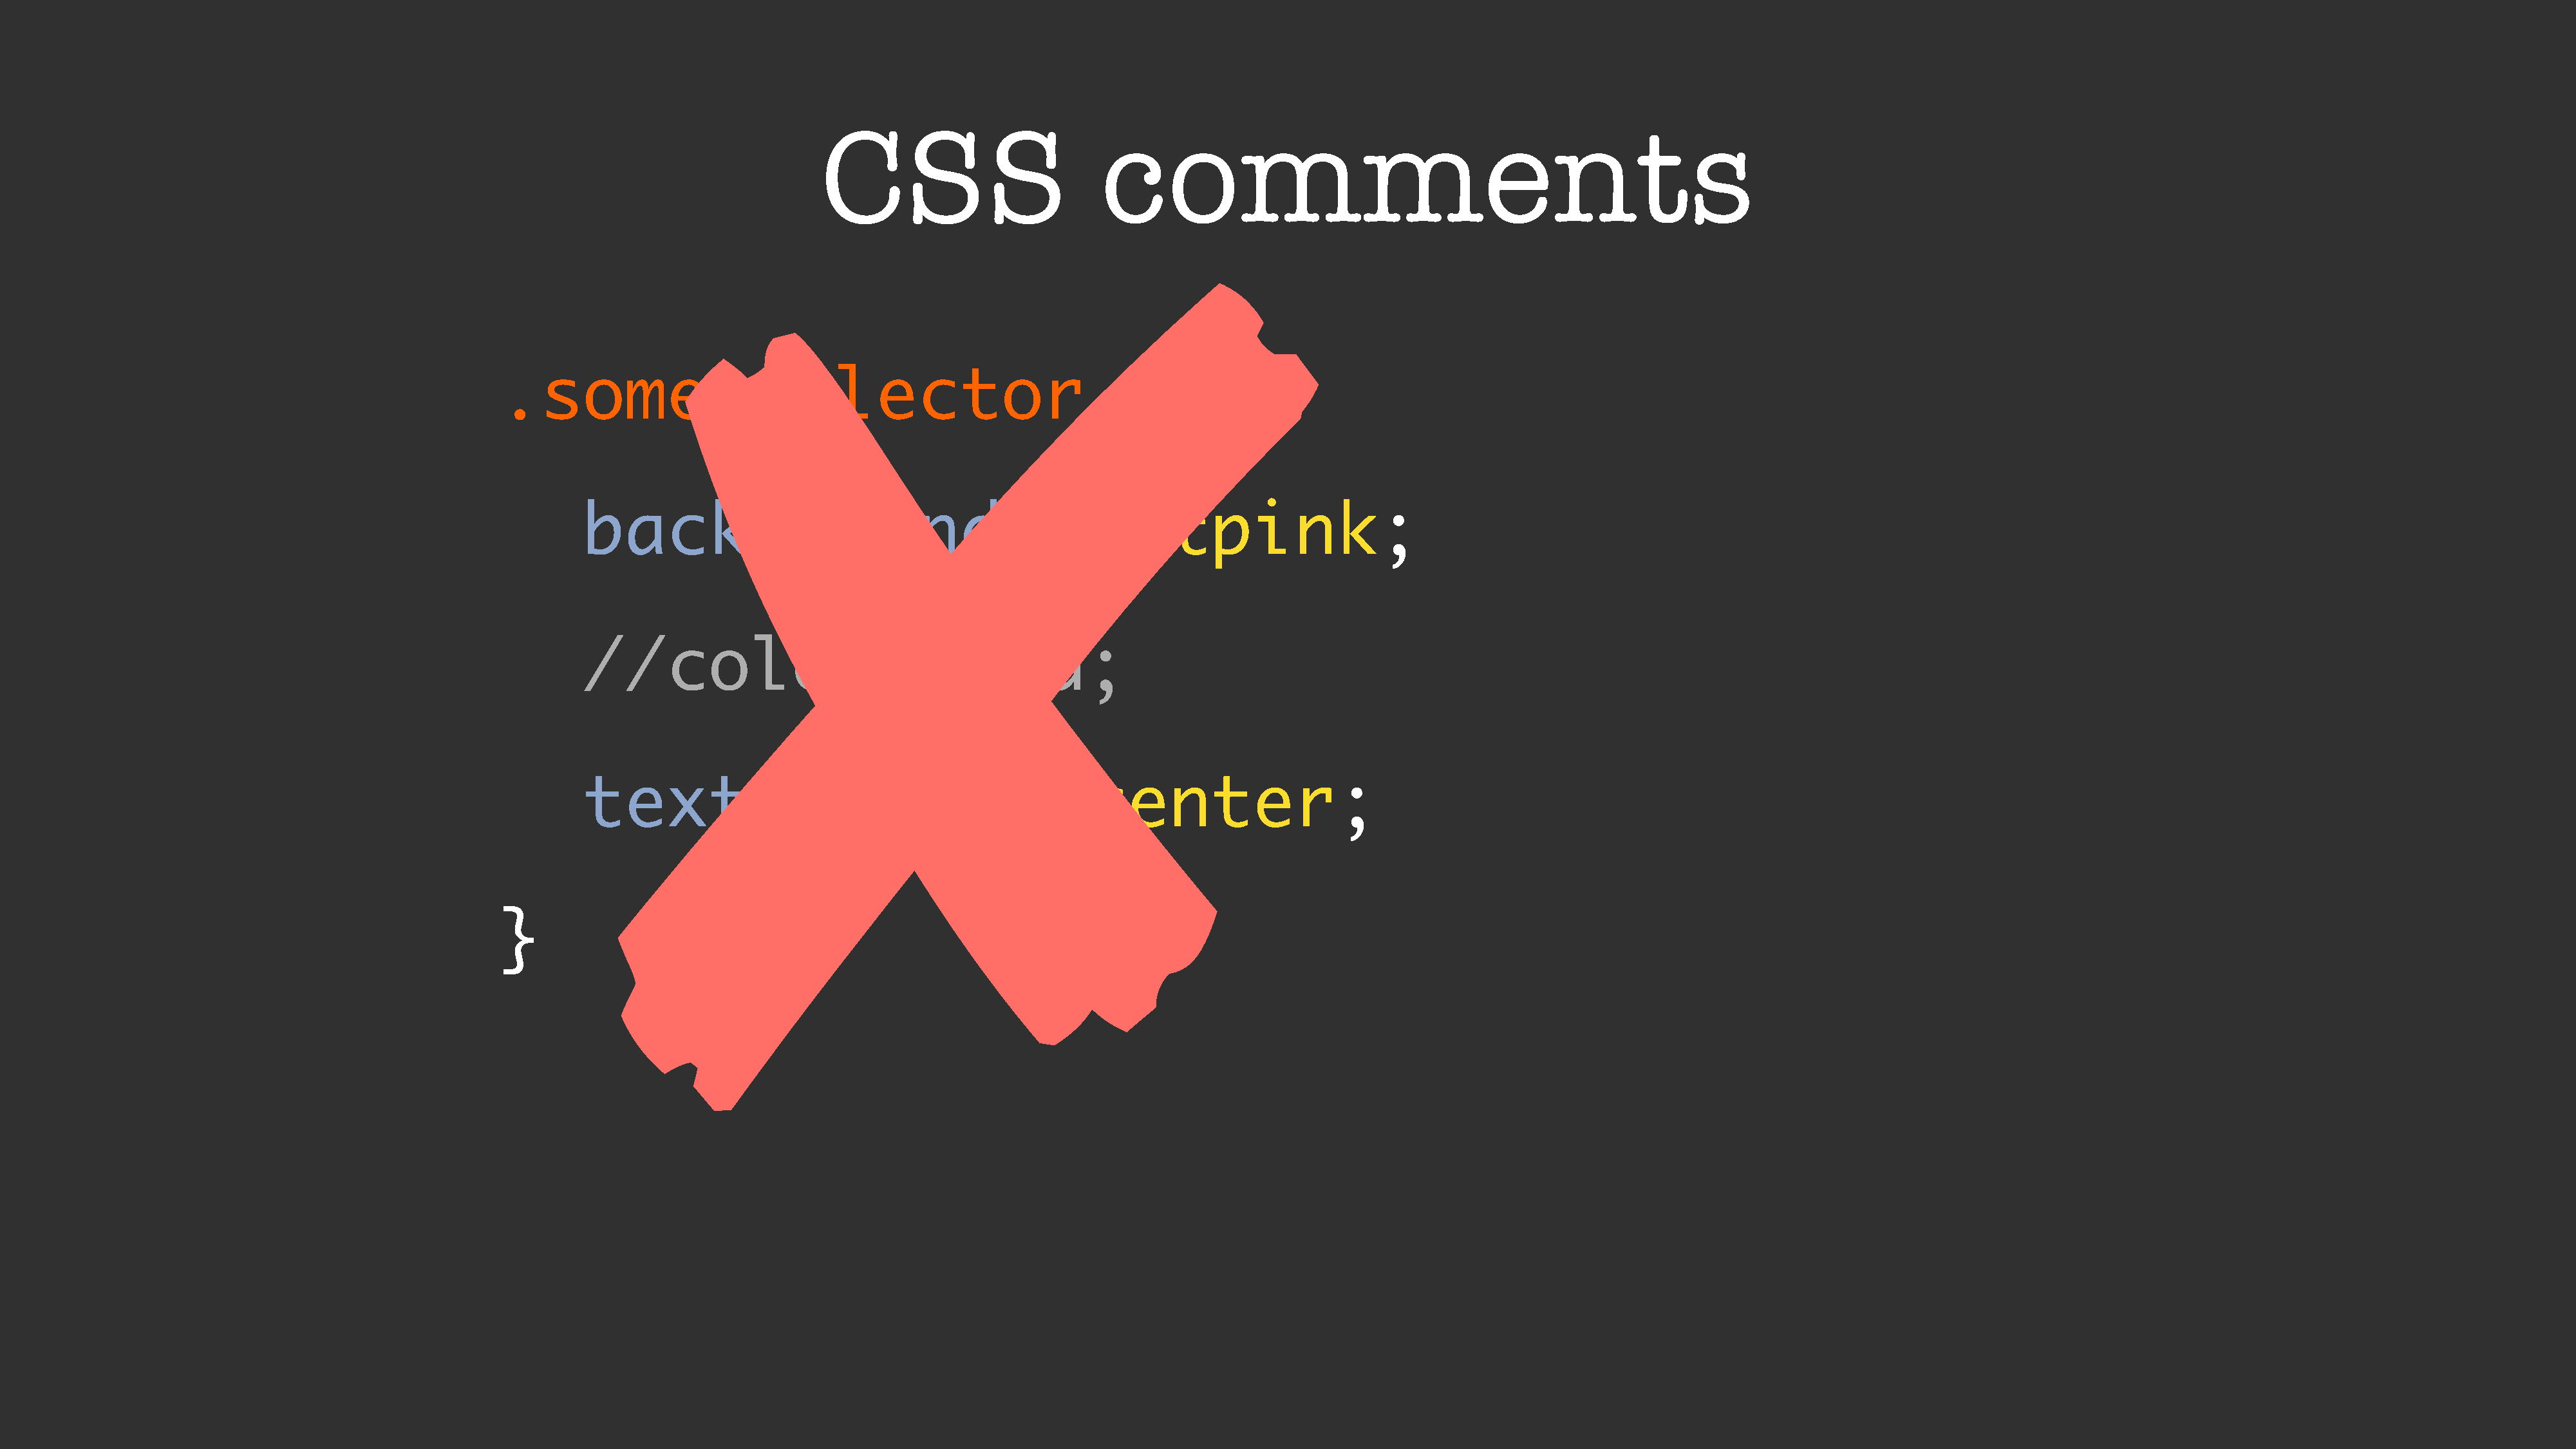
CSS                          comments
 ✘
 .some-selector                                                   {
 background:                                         hotpink;
 //color:                               red;
 text-align:                                         center;
 }